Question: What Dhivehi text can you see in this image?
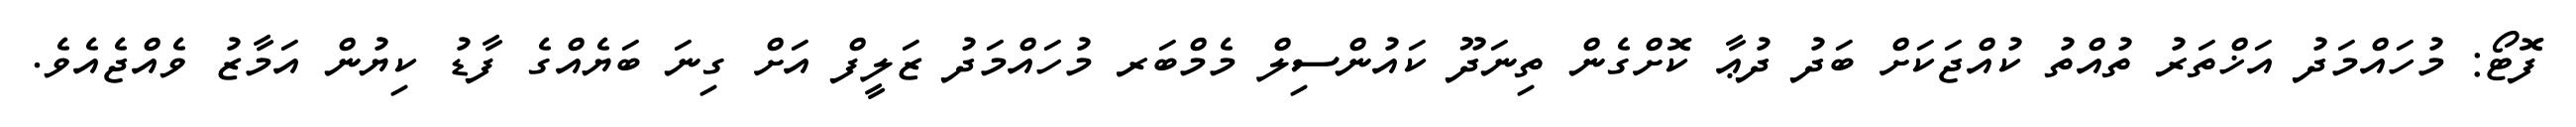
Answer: ފޮޓޯ: މުހައްމަދު އަޚްތަރު ތުއްތު ކުއްޖަކަށް ބަދު ދުޢާ ކޮށްގެން ތިނަދޫ ކައުންސިލް މެމްބަރ މުހައްމަދު ޒަލީފް އަށް ގިނަ ބަޔެއްގެ ފާޑު ކިޔުން އަމާޒު ވެއްޖެއެވެ.